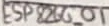
Text: ESP8266-01